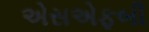
એસએફબી